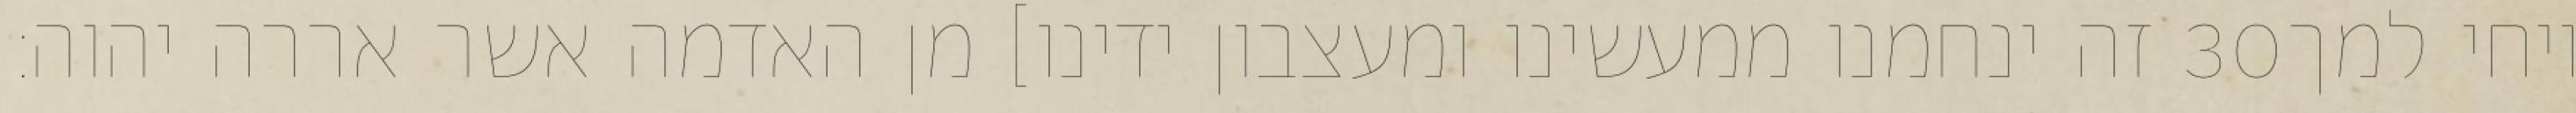
זה ינחמנו ממעשינו ומעצבון ידינו] מן האדמה אשר אררה יהוה׃ ‎30‏ ויחי למך